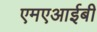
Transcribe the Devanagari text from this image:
एमएआईबी